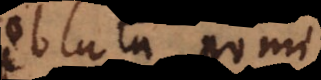
oblata pomi